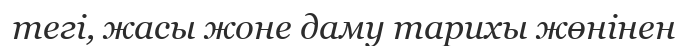
тегі, жасы жоне даму тарихы жөнінен